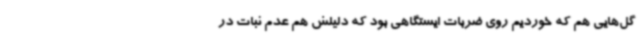
گل‌هایی هم که خوردیم روی ضربات ایستگاهی بود که دلیلش هم عدم ثبات در